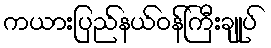
ကယားပြည်နယ်ဝန်ကြီးချုပ်